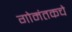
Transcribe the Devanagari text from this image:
गोमंतकचे